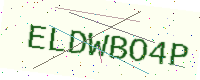
Text: ELDWBO4P